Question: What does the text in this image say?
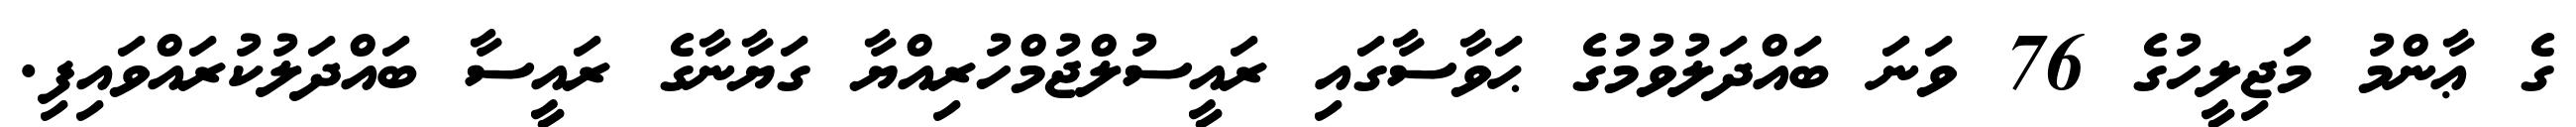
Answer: ގެ ޢާންމު މަޖިލީހުގެ 76 ވަނަ ބައްދަލުވުމުގެ ޙަވާސާގައި ރައީސުލްޖުމްހުރިއްޔާ ގަޔާނާގެ ރައީސާ ބައްދަލުކުރައްވައިފި.